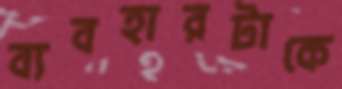
ব্যবহারটাকে